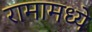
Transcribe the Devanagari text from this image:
रामामध्ये